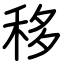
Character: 移